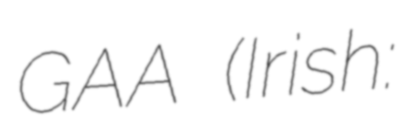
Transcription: GAA (Irish: